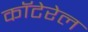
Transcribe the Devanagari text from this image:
कॉटेरेल